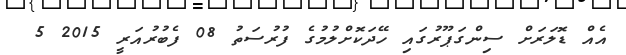
އެއް ޑޮލަރަށް ސިންގަޕޫރުގައި ހޭދަކޮށްލުމުގެ ފުރުސަތު 08 ފެބުރުއަރީ 2015 5